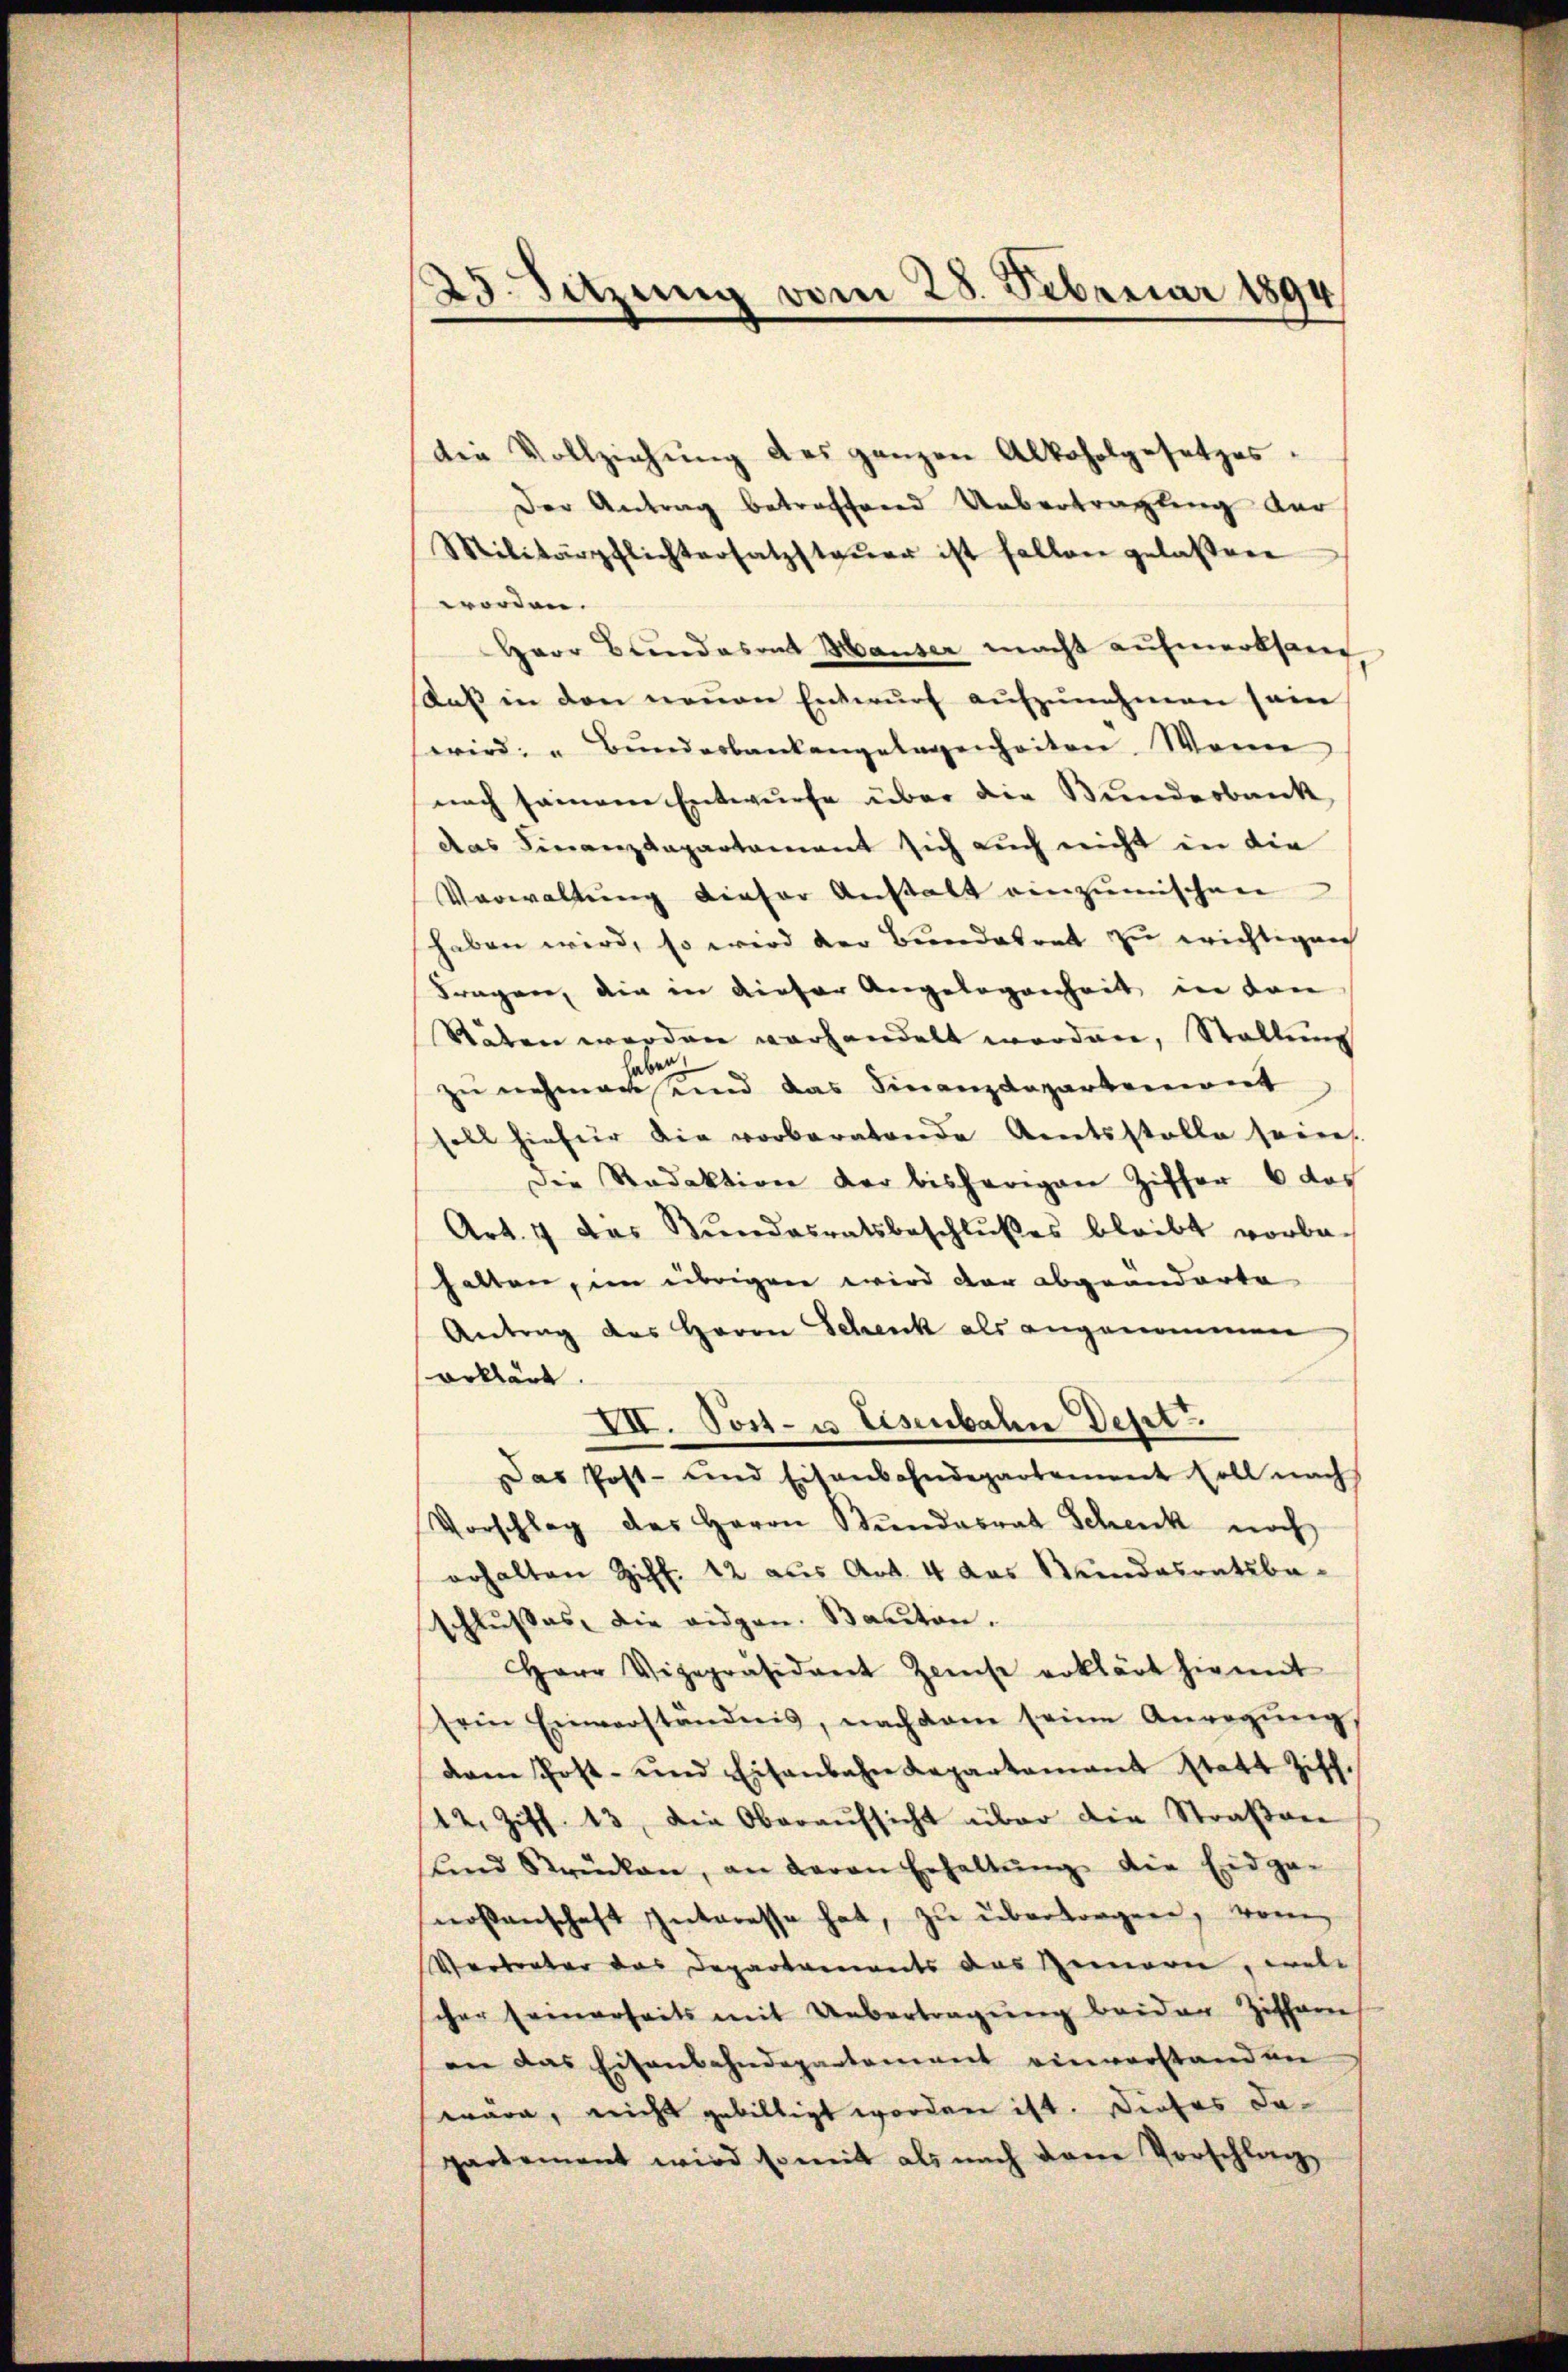
23. Sitzung vom 28. Februar 1894

die Vollziehŭng des ganzen Alkoholgesetzes.
Der Antrag betroffend Uebertragung dur
Militärpflichtersatzstaŭer ist fallen gelassen
worden.
Herr Bundesant Hauser macht aufmerksang
Saβ in den neŭen Entwŭrf aŭfzŭnehmen sein
serird- u Bŭnderbankangelegenheiten. Wenn
nach seinem Entwurfe über die Bundesbank
das Finanzkapartament sich auch nicht in die
Verwaltung dieser Anstalt einzumischen
haben wird, so wird der Bundesrat zu erichtigen
Fragen, die in dieser Angelegenheit in von
Stäten werden vorhandelt worden, Stellung
d
be
zu nehmen und das Finanzdepartemont
soll hiefür die vorberatende Amtsstelle seine.
Die Redaktion der bisherigen Ziffer 6 das
Art. 4 das Bŭndesratsbeschlŭβes bleibt vorbehalten, im übrigen wird der abgeänderte
Antrag des Herrn Schenk als angenommen
erklärt.
XII. Post- u. Lesenbahn Deset
Das Post- und Eisenbahndepartement soll nach
Vorschlag des Herrn Bŭndesrat Schenk noch
erhalten Ziff. 42 aus Art. 4 das Stundesratsbe-
schlußes, die eidgen. Bauten.
Herr Vizepräsident Zinse erklärt hiemit
sein Einverständnis, nachdem seine Anregŭng
dam Post- und Eisenbahn Repartamant statt Ziff.
12. Ziff. 13. Die Oberaŭfsicht über die Straβen
ŭnnd Strücken, an daran Erhaltŭng die Eidge-
nossenschaft Interesse hat, zu überborgen, von
Vertreter das Departements das Gemarin, welc
cher seinerseits mit Uebertragŭng beiden Zissar
an das Eisenbahndepartement einverstanden
wäre, nicht gebilligt worden ist. Dieses dapartement wird somit als nach dem Vorschlag